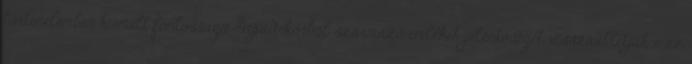
történelemben kiemelt fontosságú Árpád-korból származó emlékek jelentőségét, visszaállítják-e az